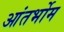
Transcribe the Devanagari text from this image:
आंतर्भोम